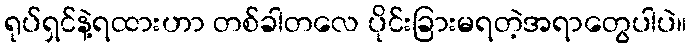
ရုပ်ရှင်နဲ့ရထားဟာ တစ်ခါတလေ ပိုင်းခြားမရတဲ့အရာတွေပါပဲ။